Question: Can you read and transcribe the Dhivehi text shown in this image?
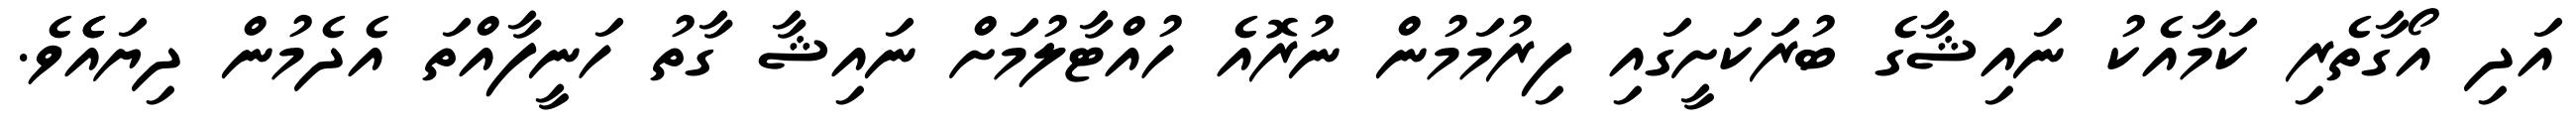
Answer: އަދި އޯގާތެރި ކަމާއެކު ނައިޝާގެ ބުރަކަށީގައި ފިރުމަމުން ނުރޮއެ ހުއްޓާލުމަށް ނައިޝާ ގާތު ހަނީފާއްތަ އެދެމުން ދިޔައެެވެ.